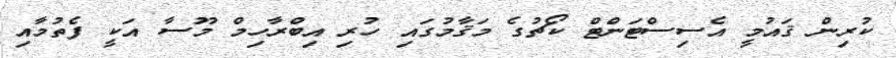
ކުރިން ޤައުމީ އެސިސްޓަންޓް ކޯޗުގެ މަޤާމުގައި ހުރި އިބްރާހިމް މޫސާ އަކީ ފެތުމާއި